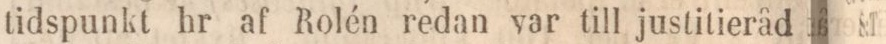
tidspunkt hr af Rolén redan var till justitieråd